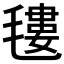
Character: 𣯫